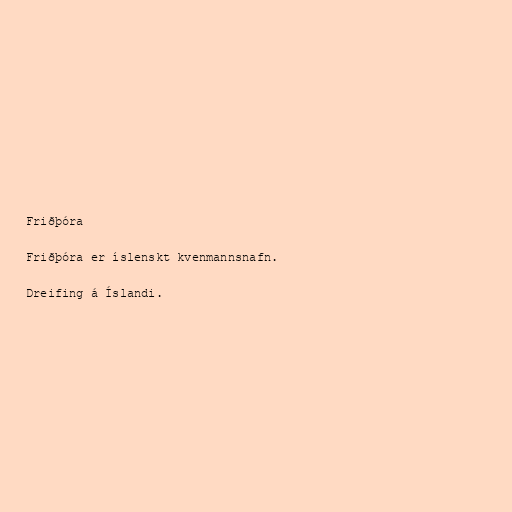
Friðþóra

Friðþóra er íslenskt kvenmannsnafn.

Dreifing á Íslandi.